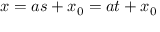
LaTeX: x = a s + x _ { 0 } = a t + x _ { 0 }